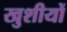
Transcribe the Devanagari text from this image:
खुशीयों